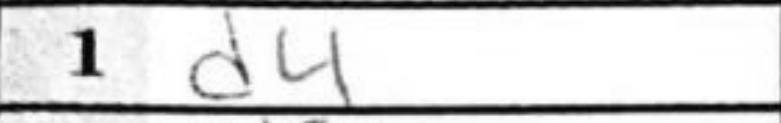
Transcription: d4